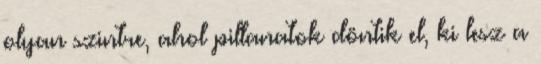
olyan szintre, ahol pillanatok döntik el, ki lesz a